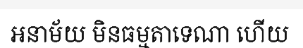
អនាម័យ មិនធម្មតាទេណា ហើយ